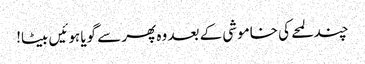
چند لمحے کی خاموشی کے بعد وہ پھر سے گویا ہوئیں بیٹا!